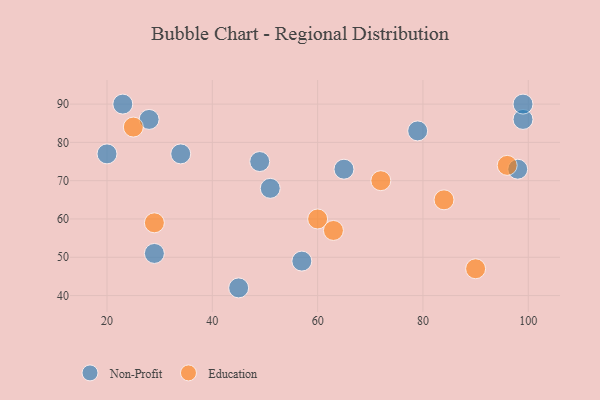
{"axis": {"x": "GDP", "y": "Life Expectancy"}, "legend": ["Education", "Non-Profit"], "data": [{"x": "99", "y": 86, "type": "Non-Profit"}, {"x": "65", "y": 73, "type": "Non-Profit"}, {"x": "23", "y": 90, "type": "Non-Profit"}, {"x": "79", "y": 83, "type": "Non-Profit"}, {"x": "29", "y": 51, "type": "Non-Profit"}, {"x": "51", "y": 68, "type": "Non-Profit"}, {"x": "99", "y": 90, "type": "Non-Profit"}, {"x": "34", "y": 77, "type": "Non-Profit"}, {"x": "49", "y": 75, "type": "Non-Profit"}, {"x": "98", "y": 73, "type": "Non-Profit"}, {"x": "57", "y": 49, "type": "Non-Profit"}, {"x": "28", "y": 86, "type": "Non-Profit"}, {"x": "45", "y": 42, "type": "Non-Profit"}, {"x": "20", "y": 77, "type": "Non-Profit"}, {"x": "29", "y": 59, "type": "Education"}, {"x": "96", "y": 74, "type": "Education"}, {"x": "60", "y": 60, "type": "Education"}, {"x": "25", "y": 84, "type": "Education"}, {"x": "72", "y": 70, "type": "Education"}, {"x": "63", "y": 57, "type": "Education"}, {"x": "90", "y": 47, "type": "Education"}, {"x": "84", "y": 65, "type": "Education"}]}